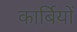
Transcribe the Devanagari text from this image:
कार्बियों